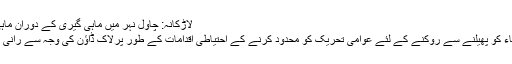
لاڑکانہ: چاول نہر میں ماہی گیری کے دوران ماہی گیر جال پھینک رہا ہے
حیدرآباد: کواڈ 19 کے وباء کو پھیلنے سے روکنے کے لئے عوامی تحریک کو محدود کرنے کے احتیاطی اقدامات کے طور پرلاک ڈاؤن کی وجہ سے رانی باغ پارک کا ویران منظر۔